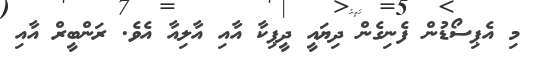
މި އެޕިސޯޑުން ފެނިގެން ދިޔައީ ދީޕިކާ އާއި އާލިއާ އެވެ. ރަންބީރް އާއި